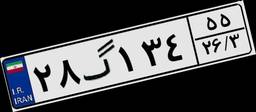
۲۱گ۰۸۸۰۷